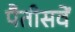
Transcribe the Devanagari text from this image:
पैतीसवें